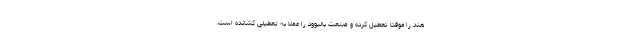
هند را موقتا تعطیل کرده و صنعت بالیوود را عملا به تعطیلی کشانده است.